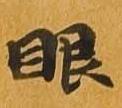
眼